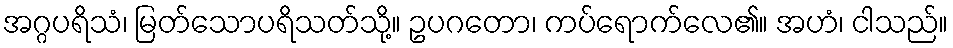
အဂ္ဂပရိသံ၊ မြတ်သောပရိသတ်သို့။ ဥပဂတော၊ ကပ်ရောက်လေ၏။ အဟံ၊ ငါသည်။